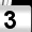
Digit: 3